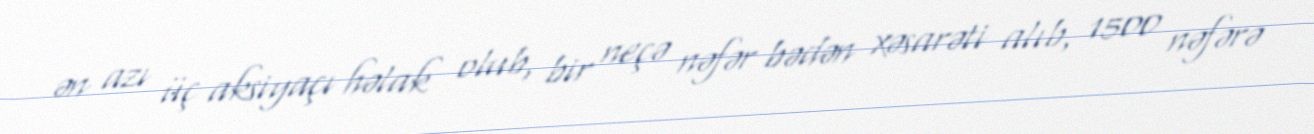
ən azı üç aksiyaçı həlak olub, bir neçə nəfər bədən xəsarəti alıb, 1500 nəfərə